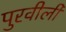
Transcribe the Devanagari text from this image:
पुरवीली